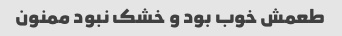
طعمش خوب بود و خشک نبود ممنون